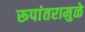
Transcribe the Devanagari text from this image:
रूपांतरामुळे